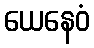
ယေနေဝံ